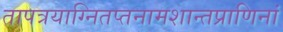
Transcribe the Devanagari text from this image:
तापत्रयाग्नितप्तनामशान्तप्राणिनां